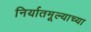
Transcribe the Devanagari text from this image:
निर्यातमूल्याच्या